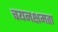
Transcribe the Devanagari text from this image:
चयनक्षमता